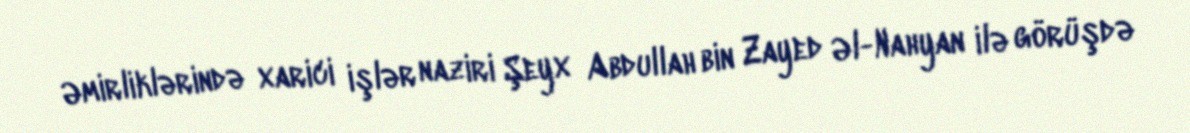
Əmirliklərində xarici işlər naziri Şeyx Abdullah bin Zayed Əl-Nahyan ilə görüşdə